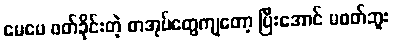
မေမေ ဖတ်ခိုင်းတဲ့ စာအုပ်တွေကျတော့ ပြီးအောင် မဖတ်ဘူး